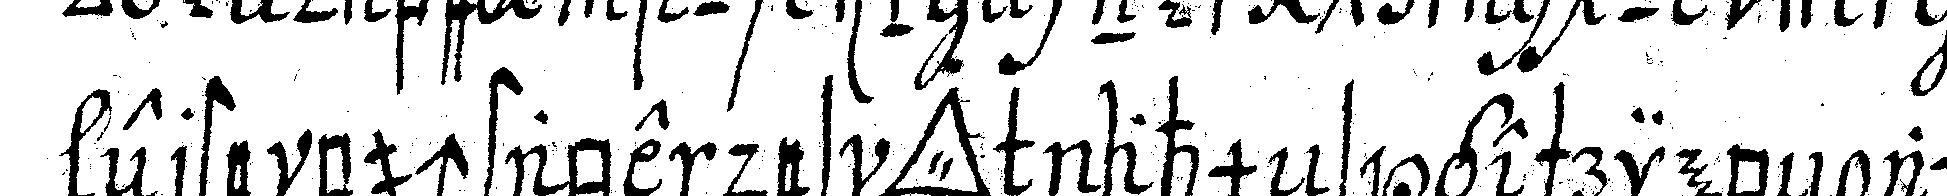
erste buchstabe des *tri..* nahmeNs geschriebeN auch